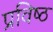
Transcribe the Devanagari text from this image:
प्रविष्‍ठ